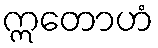
ဣတောဟံ